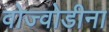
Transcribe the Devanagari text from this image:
वोज्वोडीना